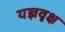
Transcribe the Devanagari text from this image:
यज्ञवृक्ष